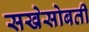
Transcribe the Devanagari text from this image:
सखेसोबती